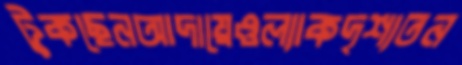
টুকছেনআদায়েওল্যাকদৃশ্যতন